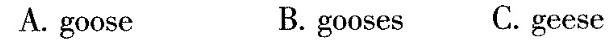
A. goose B. gooses C.geese